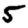
Digit: 5